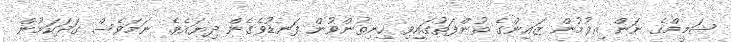
ޝަމީމްގެ ނަން އިވުމުން ޒައިންގެ ތުންފަތުގައިވި ހިނިތުންވުން ފަނޑުވެގެން ދިޔައެވެ. ނަމަވެސް ގަދަކަމުން